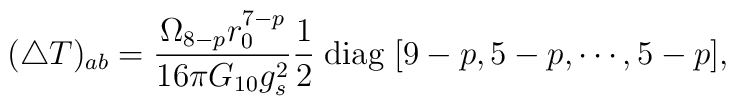
(\triangle T)_{ab}=\frac{\Omega _{8-p}r_0^{7-p}}{16\pi G_{10}g_s^2}   \frac{1}{2}\; {\rm diag}\; [9-p,5-p,\cdots,5-p],